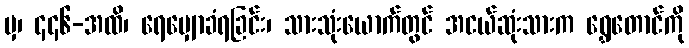
မှ၊ ၄၄၆-အထိ၊ ရေမျှောခံရခြင်း၊ သားသုံးယောက်တွင် အငယ်ဆုံးသားက ရွှေတောင်ကို